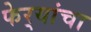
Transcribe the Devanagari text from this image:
फेर्‍यांचा